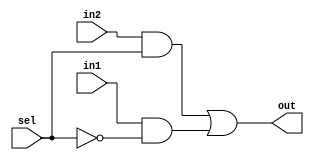
module mux2to1(out,sel,in1,in2);
	output out;
	input in1,in2,sel;
	
	wire not_sel,w1,w2;
	
	not n1(not_sel,sel);
	and a1(w1,in2,sel);
	and a2(w2,in1,not_sel);
	or  o1(out,w1,w2);
endmodule

module bit8_2to1mux(out,sel,in1,in2);
	output [7:0] out;
	input [7:0] in1,in2;
	input sel;
	
	generate
		genvar j;
		for(j=0;j<8;j=j+1)
			begin:mux_loop
				mux2to1 m1(out[j],sel,in1[j],in2[j]);
			end
	endgenerate
endmodule

module bit32_2to1mux(out,sel,in1,in2);
	output [31:0] out;
	input [31:0] in1,in2;
	input sel;
	
	generate
		genvar j;
		for(j=0;j<4;j=j+1)
			begin:mux_loop
				bit8_2to1mux m1(out[j*8 +7:j*8],sel,in1[j*8 +7:j*8],in2[j*8 +7:j*8]);
			end
		endgenerate
endmodule
 
module mux4to1(out,sel,in1,in2,in3,in4);
	output out;
	input [1:0] sel;
	input in1,in2,in3,in4;
	 
	wire mo1,mo2,temp1,temp2,sel1_not;
	not n1 (sel1_not,sel[1]);
	mux2to1 mux1(mo1,sel[0],in1,in2);
	mux2to1 mux2(mo2,sel[0],in3,in4);
	 
	and a1(temp1,sel1_not,mo1);
	and a2(temp2,sel[1],mo2);
	 
	or o1(out,temp1,temp2);
endmodule 
 
module bit32_4to1mux(out,sel,in1,in2,in3,in4);
	output [31:0] out;
	input [1:0] sel;
	input [31:0] in1,in2,in3,in4;
	
	generate
		genvar j;
		for(j=0;j<32;j=j+1)
			begin:mux_loop
				mux4to1 m1(out[j],sel,in1[j],in2[j],in3[j],in4[j]);
			end
		endgenerate
endmodule

module bit32_and(out,in1,in2);
	output [31:0] out;
	input [31:0] in1,in2;
	 
	assign {out} = in1&in2;
endmodule
 
module bit32_or(out,in1,in2);
	output [31:0] out;
	input [31:0] in1,in2;
	 
	assign {out} = in1|in2;
endmodule
 
 
module FA_adder(cout,sum,in1,in2,cin);
	output cout;
	output [31:0] sum;
	input [31:0] in1,in2;
	input cin;
	 
	assign {cout,sum} = in1+in2+cin;
	 
endmodule
 
module alu(result,cout,a,b,cin,binv,op);
	output cout;
	output [31:0] result;
	input [31:0] a,b;
	input cin,binv;
	input [1:0] op;
	  
	wire [31:0] bnot;
	wire [31:0] mux_out;
	wire [31:0] aw,ow,sumw;
	
	assign bnot = ~b;
	bit32_2to1mux muxin(mux_out,binv,b,bnot);
	bit32_and an1(aw,a,mux_out);
	bit32_or o1(ow,a,mux_out);
	FA_adder fa(cout,sumw,a,mux_out,binv);
	
	bit32_4to1mux outm(result,op,aw,ow,sumw,);
	 
endmodule

module Andarray(RegDst,ALUSrc, MemtoReg, RegWrite, MemRead, MemWrite,Branch,ALUOp1,ALUOp2,Op);
	input [5:0] Op;
	output RegDst,ALUSrc,MemtoReg, RegWrite, MemRead, MemWrite,Branch,ALUOp1,ALUOp2;
	wire Rformat, lw,sw,beq;
   
	assign Rformat = (~Op[0])& (~Op[1])& (~Op[2])& (~Op[3])& (~Op[4])& (~Op[5]);
	assign lw = (Op[0])& (Op[1])& (~Op[2])& (~Op[3])& (~Op[4])& (Op[5]);   
	assign sw = (Op[0])& (Op[1])& (~Op[2])& (Op[3])& (~Op[4])& (Op[5]);       
	assign beq = (~Op[0])& (~Op[1])& (Op[2])& (~Op[3])& (~Op[4])& (~Op[5]);
   
	assign RegDst = Rformat;
	assign MemtoReg = lw;
	assign MemRead = lw;
	assign MemWrite = sw;
	assign Branch  = beq;
	assign ALUOp1 = Rformat;
	assign ALUOp2 = beq;
	assign ALUSrc = lw|sw;
	assign RegWrite = Rformat|lw;
endmodule      

module ALUControl(op,ALUOp,funct);
	output [2:0] op;
	input [1:0] ALUOp;
	input [5:0] funct;
	
	assign op[0] = (funct[0]|funct[3]) & ALUOp[1];
	assign op[1] = (~funct[2])|(~ALUOp[1]);
	assign op[2] = (funct[1] &ALUOp[1]) | ALUOp[0];
	
endmodule